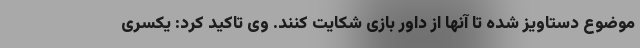
موضوع دستاویز شده تا آنها از داور بازی شکایت کنند. وی تاکید کرد: یکسری